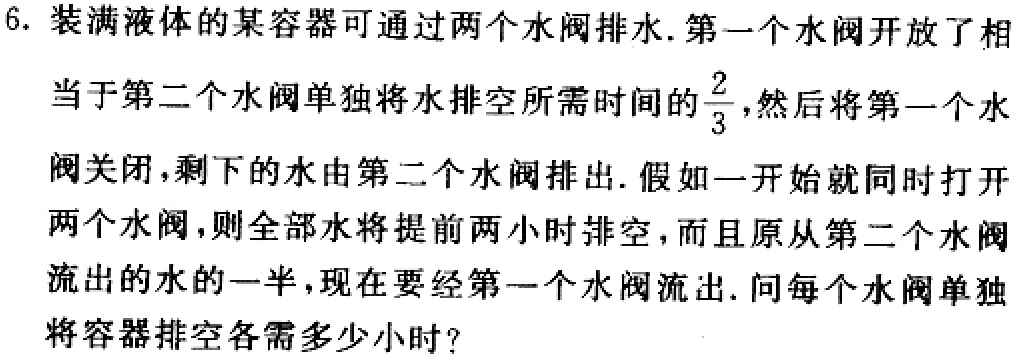
6. 装满液体的某容器可通过两个水阀排水. 第一个水阀开放了相当于第二个水阀单独将水排空所需时间的$\frac{2}{3}$，然后将第一个水阀关闭，剩下的水由第二个水阀排出. 假如一开始就同时打开两个水阀，则全部水将提前两小时排空，而且原从第二个水阀流出的水的一半，现在要经第一个水阀流出. 问每个水阀单独将容器排空各需多少小时?